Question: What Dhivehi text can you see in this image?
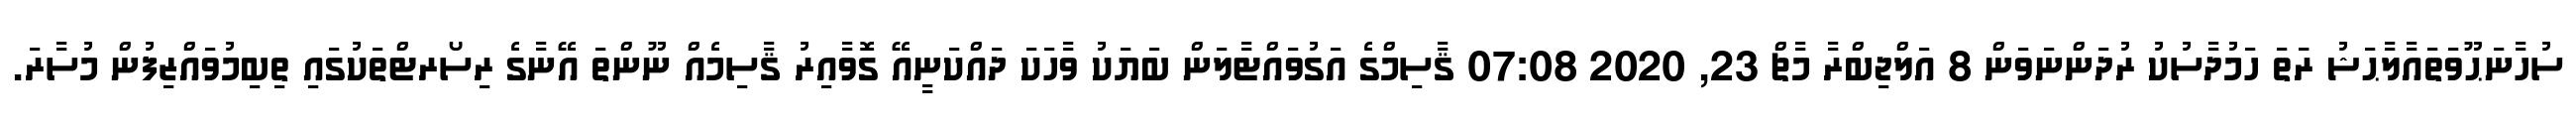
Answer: ސުހާނަޙޫވަތައާލާޙަޝު ރަަތަ ހަމުދާސުކު ރުދަންނަވަން 8 އަލްޖިބްރާ މާޗް 23, 2020 07:08 ޤާސިމްގެ އަގުވައްޓާލަން ބަޔަކު ވާހަކަ ދައްކަނީއޭ ގޮވާއިރު ޤާސިމެއް ނޫންތަ އޭނާގެ ރިސޯރޓްތަކުގައި ތިބިމުވައްޒިފުން މުސާރަ.